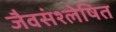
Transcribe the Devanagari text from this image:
जैवसंश्लेषित